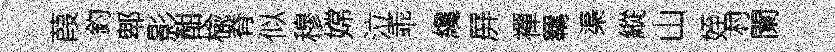
葭釣郫影酣楡脊似穆嫦泣乖纔屏襌羈渠縱山姪村闌